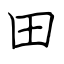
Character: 田